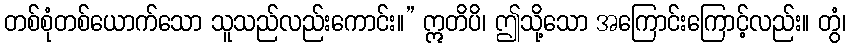
တစ်စုံတစ်ယောက်သော သူသည်လည်းကောင်း။” ဣတိပိ၊ ဤသို့သော အကြောင်းကြောင့်လည်း။ တွံ၊